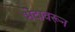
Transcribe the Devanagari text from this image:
भेदावरून